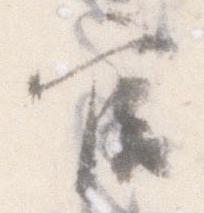
官